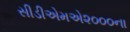
સીડીએમએ૨૦૦૦ના